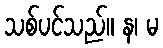
သစ်ပင်သည်။ န၊ မ